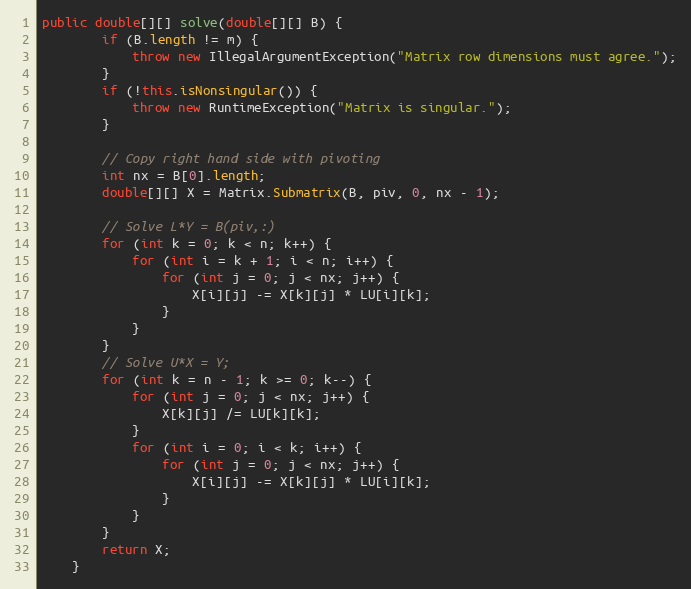
Language: Java
public double[][] solve(double[][] B) {
        if (B.length != m) {
            throw new IllegalArgumentException("Matrix row dimensions must agree.");
        }
        if (!this.isNonsingular()) {
            throw new RuntimeException("Matrix is singular.");
        }

        // Copy right hand side with pivoting
        int nx = B[0].length;
        double[][] X = Matrix.Submatrix(B, piv, 0, nx - 1);

        // Solve L*Y = B(piv,:)
        for (int k = 0; k < n; k++) {
            for (int i = k + 1; i < n; i++) {
                for (int j = 0; j < nx; j++) {
                    X[i][j] -= X[k][j] * LU[i][k];
                }
            }
        }
        // Solve U*X = Y;
        for (int k = n - 1; k >= 0; k--) {
            for (int j = 0; j < nx; j++) {
                X[k][j] /= LU[k][k];
            }
            for (int i = 0; i < k; i++) {
                for (int j = 0; j < nx; j++) {
                    X[i][j] -= X[k][j] * LU[i][k];
                }
            }
        }
        return X;
    }